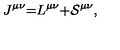
J ^ { \mu \nu } \mathcal { = } L ^ { \mu \nu } \mathcal { + S } ^ { \mu \nu } ,